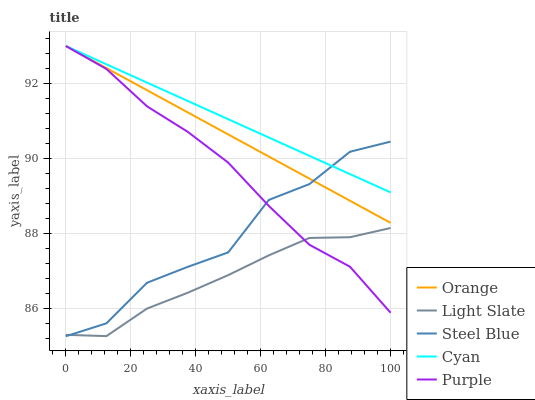
| xaxis_label | Orange | Light Slate | Steel Blue | Cyan | Purple |
 | --- | --- | --- | --- | --- | --- |
 | 0 | 93 | 85.3 | 85.3 | 93 | 93 |
 | 12.5 | 92.4 | 85.3 | 85.6 | 92.5 | 92.4 |
 | 25 | 91.8 | 86 | 86.7 | 92 | 91.4 |
 | 37.5 | 91.2 | 86.4 | 87.1 | 91.5 | 90.7 |
 | 50 | 90.6 | 86.9 | 87.5 | 91 | 89.9 |
 | 62.5 | 90.1 | 87.4 | 88.9 | 90.6 | 88.7 |
 | 75 | 89.5 | 87.9 | 89.3 | 90.1 | 87.7 |
 | 87.5 | 88.9 | 87.9 | 90.2 | 89.6 | 87.1 |
 | 100 | 88.3 | 88.1 | 90.5 | 89.1 | 85.9 |